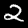
Digit: 2